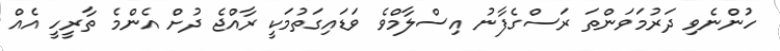
ހުންނެވި ދަރުމަވަންތަ ރަސްގެފާނު އިސްލާމްވެ ވަޑައިގަތުމަކީ ރާއްޖެ ދުށް އެންމެ ތާރީހީ އެއް